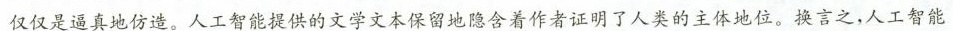
仅仅是真地仿造，人工智能提供的文学文本保留地隐含着作者证明了人类的主体地位。换言之，人工智能